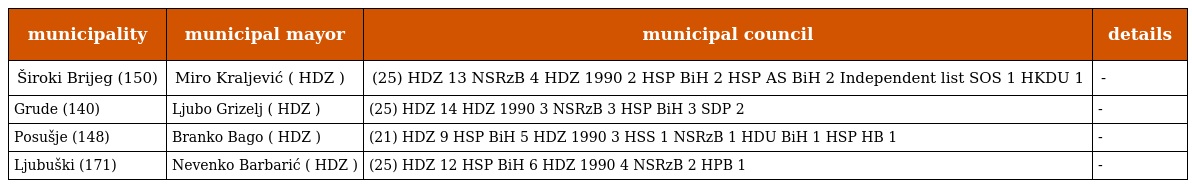
| municipality | municipal mayor | municipal council | details |
 | --- | --- | --- | --- |
 | Široki Brijeg (150) | Miro Kraljević ( HDZ ) | (25) HDZ 13 NSRzB 4 HDZ 1990 2 HSP BiH 2 HSP AS BiH 2 Independent list SOS 1 HKDU 1 | - |
 | Grude (140) | Ljubo Grizelj ( HDZ ) | (25) HDZ 14 HDZ 1990 3 NSRzB 3 HSP BiH 3 SDP 2 | - |
 | Posušje (148) | Branko Bago ( HDZ ) | (21) HDZ 9 HSP BiH 5 HDZ 1990 3 HSS 1 NSRzB 1 HDU BiH 1 HSP HB 1 | - |
 | Ljubuški (171) | Nevenko Barbarić ( HDZ ) | (25) HDZ 12 HSP BiH 6 HDZ 1990 4 NSRzB 2 HPB 1 | - |